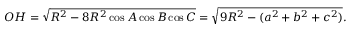
O H = { \sqrt { R ^ { 2 } - 8 R ^ { 2 } \cos A \cos B \cos C } } = { \sqrt { 9 R ^ { 2 } - ( a ^ { 2 } + b ^ { 2 } + c ^ { 2 } ) } } .